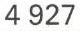
4927